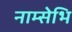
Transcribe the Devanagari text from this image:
नाम्सेभि